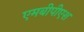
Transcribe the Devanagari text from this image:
एमबीपीएश